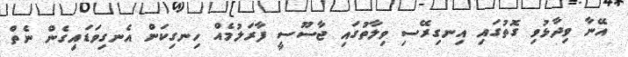
އޭނާ ވިދާޅުވި ގޮތުގައި އިނގިރޭސި ވިލާތުގައި ޖާސޫސީ ފާރަލުމެއް ހިނގިކަން އެނގިވަޑައިގެން ނެތް